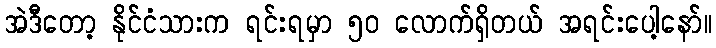
အဲဒီတော့ နိုင်ငံသားက ရင်းရမှာ ၅၀ လောက်ရှိတယ် အရင်းပေါ့နော်။